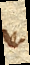
positum